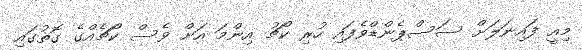
މިއީ ފައިނަލަށް ސަސްޕެންޑްވެފައި ހުރި ކޯޗު އިންމަ އަށް ވެސް ކޯޗެއްގެ ގޮތުގައި